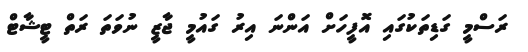
ރަސްމީ ގަޑިތަކުގައި އޮފީހަށް އަންނަ އިރު ގައުމީ ޖާޒީ ނުވަތަ ރަތް ޓީޝާޓް